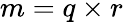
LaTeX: m=q\times r